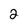
Character: 2